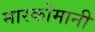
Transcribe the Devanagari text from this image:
मारकोमानी